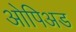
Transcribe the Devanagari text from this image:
ओपिअड